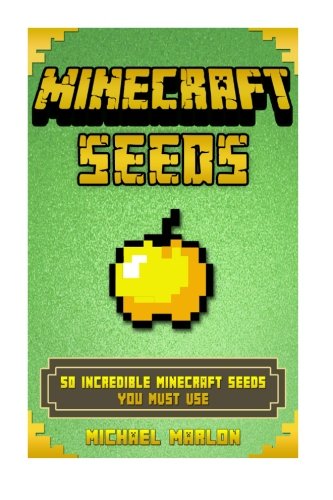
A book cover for Minecraft: Minecraft Seeds: 50 Incredible Minecraft Seeds You MUST Use (Includes Minecraft Pocket Edition, PC, PS3, PS4, Xbox 360 & Xbox One!) (Unofficial Minecraft Handbook); Michael Marlon; Humor & Entertainment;